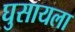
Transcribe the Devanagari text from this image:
घुसायला